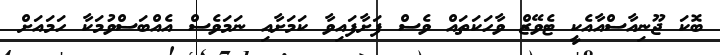
ބޮކަ ޖޫނިއާސްއާއެކީ ޓެވޭޒް ވާހަކަތައް ވެސް ފަށާފައިވާ ކަމަށާއި ނަމަވެސް އެއްބަސްވުމަކާ ހަމައަށް